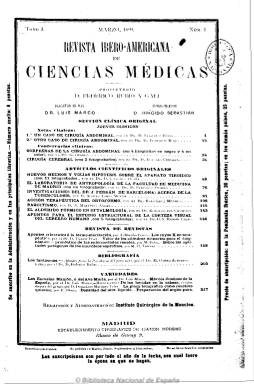
Título: Revista ibero-americana de ciencias médicas
Otros títulos: Revista ibero americana de ciencias médicas
Colección: Medicina
Ámbito geográfico: Madrid
Lugar de publicación: Madrid
Fechas: 01/03/1899-30/06/1936

Fundada y dirigida por quien era, además su propietario, el doctor Federico Rubio y Galí (1827-1902), político liberal, pedagogo, polígrafo y académico que, en 1880 había fundado el Instituto Rubio, con el Hospital de la Princesa y el Instituto Quirúrgico de la Moncloa, que desaparecía en 1939, y en donde se levantaría después la clínica madrileña de La Concepción, y que fue génesis para la formación de médicos posgraduados, la primera escuela de Enfermería y de las especialidades de cirugía, ginecología y urología, entre otras. La revista aparece en marzo de 1899, con una periodicidad trimestral, en entregas que llegan a alcanzar las 300 páginas, con el fin de aglutinar lo mejor de la ciencia médica española e iberoamericana. Inserta extensos textos científicos, con secciones de clínica, cirugía, investigación, así como estudios, artículos y conferencias científicas originales. Asimismo, contará con las secciones de Revista de especialidades, Revista de revistas, Bibliografía y Variedades. Sus textos van acompañados de láminas (algunas en color), grabados, dibujos y fotografías. Más adelante incorporará publicidad.

Su redacción y administración la tiene en el Instituto Quirúrgico de la Moncloa. Su primer redactor-jefe es el doctor Luis Marco, quien tras la muerte de su fundador, pasará a ocupar la dirección y la gerencia, siendo profesor honoris causa del Instituto Rubio, y aumentando la frecuencia de aparición de la revista a bimensual, a la vez que reduce la paginación. Dos años después, su director es el doctor Eugenio Gutiérrez, y sus secretarios de redacción, los doctores García Hurtado, Pablo Lozano y Antonio Mur, pasando la publicación a mensual y reduciendo, asimismo, la paginación, a la vez que incluye una nueva sección, la profesional. Posteriormente, la dirección la ocupará el doctor Eulogio Cervera, siendo su redactor jefe el doctor Antonio Mut. En el último número de la colección, correspondiente a junio de 1936, se anuncia la elección del doctor Ramón Luis y Yagüe como nuevo director del Instituto Rubio.

El elenco de los autores de sus textos es muy amplio, en el que se incluyen los directores, redactores-jefes y miembros del patronato y del comité científico del Instituto Rubio. Firman, entre otros muchos, los doctores, profesores y catedráticos J. Gómez Ocaña, Federico Olóriz, Adolfo López Durán, Rodríguez Méndez, Rodolfo del Castillo, Santiago Ramón y Cajal, M. Otero Acevedo, A. Martínez Ángel, Eustasio Uruñuela, José R. Carracido, Antonio Figueroa, Javier Ponglioni, J. Madrid Moreno, Baltasar Hernández Briz, Antonio Espina, Francisca Fontova, Milagro de los Desamparados Andreu, Vicente Osés y Clarés, José González Ocampo, Luis Simarro, Andrés Manjón, Francisco Vidal y Careta, Eduardo García Solá, Fermín Martínez Suárez, José Ingenieros, Eduardo Masip, Policarpo Lizcano, E. Vilches, etc.

En mayo de 1915, como suplemento, aparece el Boletín de la Revista ibero-americana de ciencias médicas, cuya colección también abarca hasta junio de 1936, que aparece en entregas mensuales y gratuitas para los suscriptores de la revista, y  que también se puede consultar en esta Hemeroteca Digital de la Biblioteca Nacional de España.

Un estudio pormenorizado tanto de la labor científica e intelectual del profesor Rubio como de la revista se publica en 2003, bajo la edición de Juan Luis Carrillo Martos.